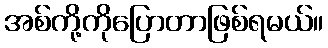
အစ်ကို့ကိုပြောတာဖြစ်ရမယ်။